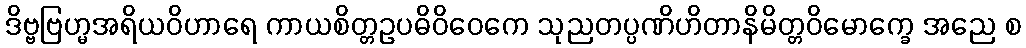
ဒိဗ္ဗဗြဟ္မအရိယဝိဟာရေ ကာယစိတ္တဥပဓိဝိဝေကေ သုညတပ္ပဏိဟိတာနိမိတ္တဝိမောက္ခေ အညေ စ